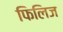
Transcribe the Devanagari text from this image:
फिलिज